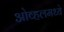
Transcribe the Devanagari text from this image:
ओव्हलमध्ये